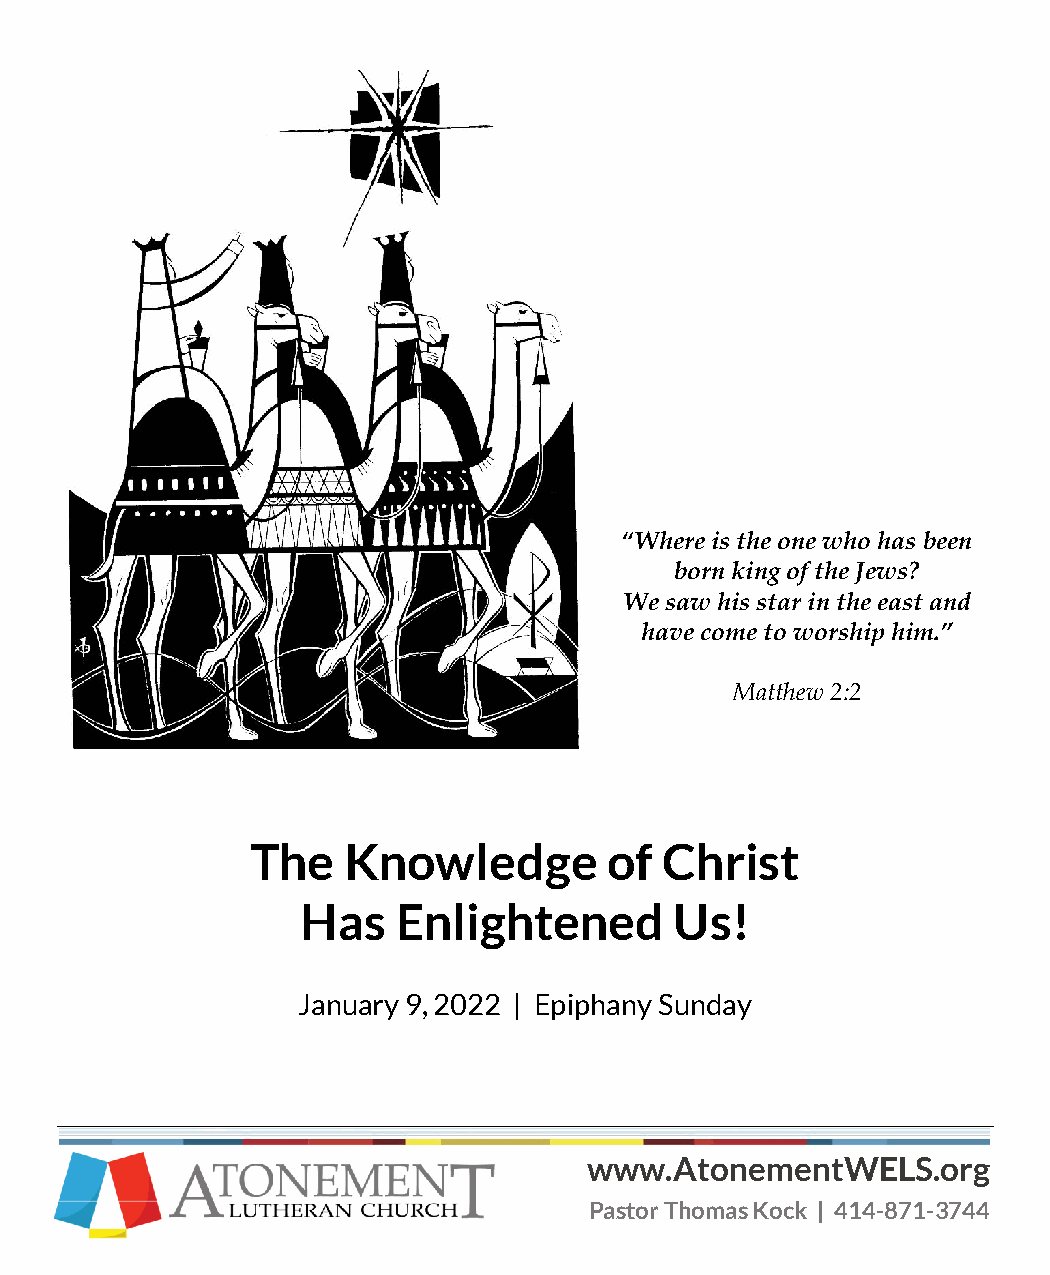
“Where is the one who has been
 born king of the Jews?
 We saw his star in the east and
 have come to worship him.”
 Matthew 2:2
 The   Knowledge        of  Christ
 Has   Enlightened        Us!
 January 9, 2022 | Epiphany Sunday
 www.AtonementWELS.org
 Pastor Thomas Kock | 414-871-3744